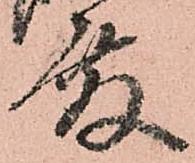
殿